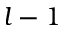
l - 1